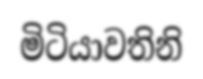
මිටියාවතිනි